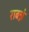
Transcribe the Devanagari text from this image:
राबन्ने